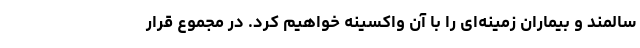
سالمند و بیماران زمینه‌ای را با آن واکسینه خواهیم کرد. در مجموع قرار